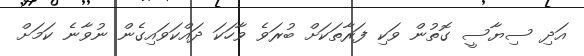
އަދި ސިޔާސީ ގޮތުން ވަކި ފަރާތަކަށް ބުރަވެ ވާހަކަ ދައްކަވައިގެން ނުވާނެ ކަމަށް